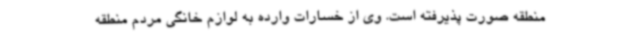
منطقه صورت پذیرفته است. وی از خسارات وارده به لوازم خانگی مردم منطقه